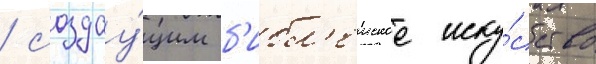
/ создау́щим б'ибл'еиское иску́сство